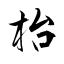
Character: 枱